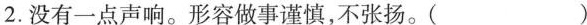
2.没有一点声响。形容做事谨慎，不张扬。( )